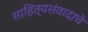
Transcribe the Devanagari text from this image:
साहित्यसंवादाचे